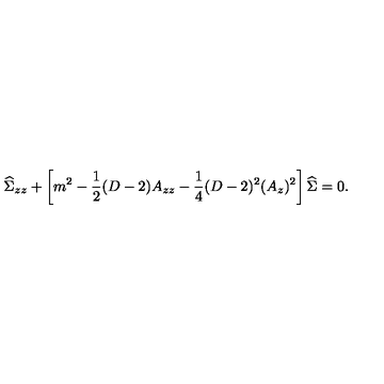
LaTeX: { \widehat \Sigma } _ { z z } + \left[ m ^ { 2 } - { \frac { 1 } { 2 } } ( D - 2 ) A _ { z z } - { \frac { 1 } { 4 } } ( D - 2 ) ^ { 2 } ( A _ { z } ) ^ { 2 } \right] { \widehat \Sigma } = 0 .